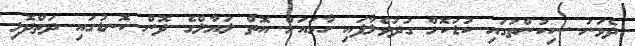
ދެވަނަ ސިކުންތުގައި ކުޑަކޮށް ގުދުވެލާފައި ހާމައަށް އޮތް ލަޔާލްގެ ދޮން ކޮނޑުގައި ދަތްދޮޅި